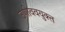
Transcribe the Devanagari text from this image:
उणीववयुक्त